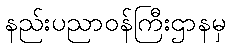
နည်းပညာဝန်ကြီးဌာနမှ